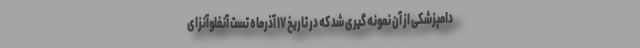
دامپزشکی از آن نمونه گیری شد که در تاریخ ۱۷ آذرماه تست آنفلوآنزای